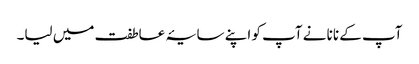
آپ کے نانا نے آپ کو اپنے سایۂ عاطفت میں لیا۔